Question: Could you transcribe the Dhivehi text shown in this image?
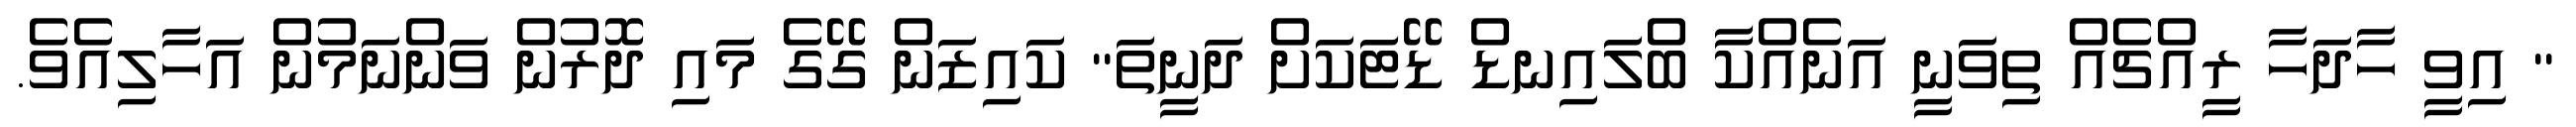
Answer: " އިވީ ހާދަހާ ރީއްޗެއް ތިވަނީ އަނެއްކާ ބްލައިނޑް ޑޭޓަކަށް ދަނީތަ" ކައިޒަން ގޭގެ މައި ދޮރުން ވަންނަމުން އަހާލިއެވެ.